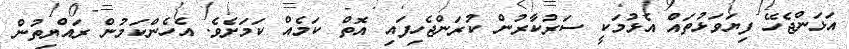
އަޅަންޖެހޭ ފިޔަވަޅުތައް އެޅުމަކީ ސަރުކާރުން ކުރަންޖެހިފައި އޮތް ކަމެއް ކަމަށެވެ. އެހެންކަމުން ރައްޔިތުން